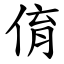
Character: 俼